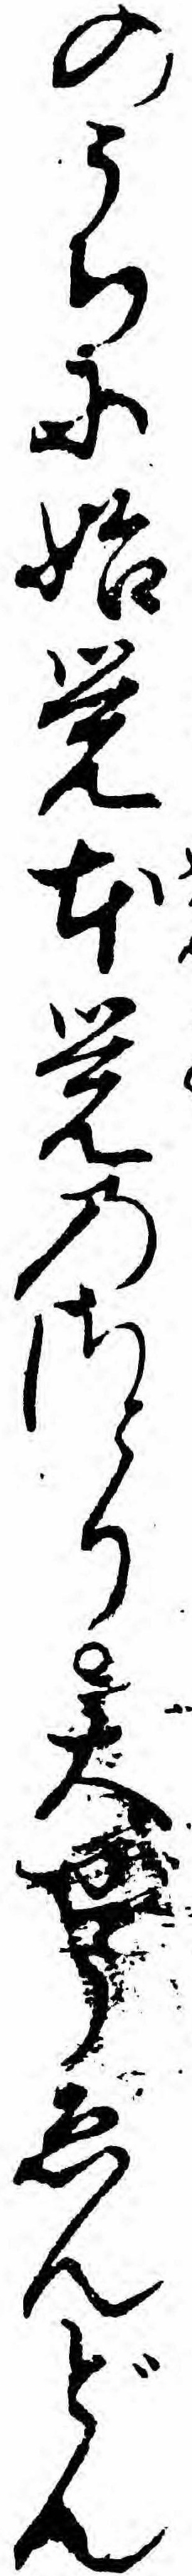
のうちに始覚本覚のさとり大ぜうゑんどん